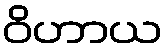
ဝိဟာယ